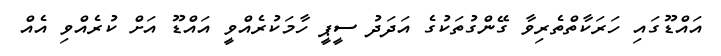
އައްޑޫގައި ހަރަކާތްތެރިވާ ގޭންގުތަކުގެ އަދަދު ސީޕީ ހާމަކުރެއްވީ އައްޑޫ އަށް ކުރެއްވި އެއް